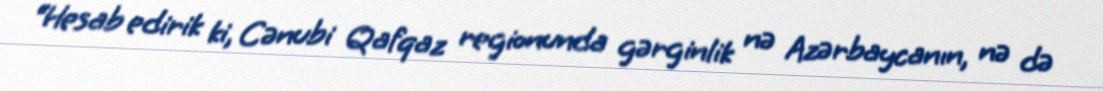
“Hesab edirik ki, Cənubi Qafqaz regionunda gərginlik nə Azərbaycanın, nə də